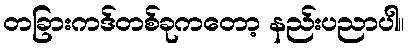
တခြားကဒ်တစ်ခုကတော့ နည်းပညာပါ။